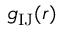
g _ { \mathrm { I J } } ( r )